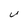
Character: u